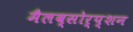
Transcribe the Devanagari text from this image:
मैलब्सोर्प्शन